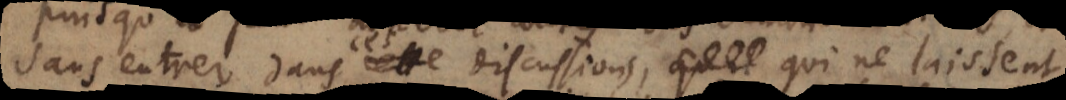
sans entrer dans cette discussion, qui ne laisse